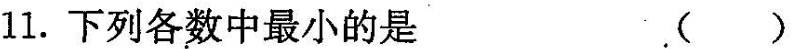
11.下列各数中最小的是()